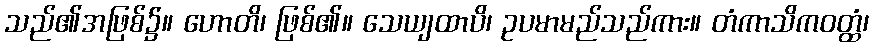
သည်၏အဖြစ်၌။ ဟောတိ၊ ဖြစ်၏။ သေယျထာပိ၊ ဥပမာမည်သည်ကား။ တံကာသိကဝတ္ထံ၊